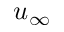
u _ { \infty }